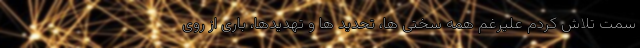
سمت تلاش کردم علیرغم همه سختی ها، تحدید ها و تهدیدها، باری از روی